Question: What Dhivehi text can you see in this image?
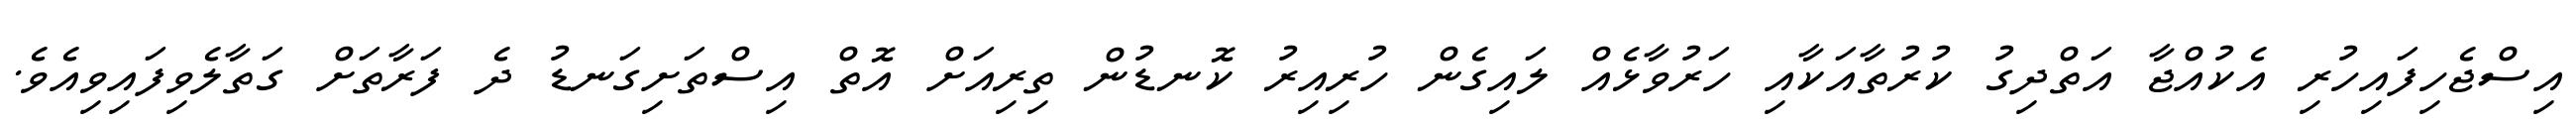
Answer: އިސްޖެހިފައިހުރި އެކުއްޖާ އަތްދިގު ކުރުތާއަކާއި ހަރުވާޅެއް ލައިގެން ހުރިއިރު ކޮނޑުން ތިރިއަށް އޮތް އިސްތަށިގަނޑު ދެ ފަރާތަށް ގަތާލެވިފައިވިއެވެ.